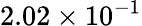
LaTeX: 2.02\times 10^{-1}